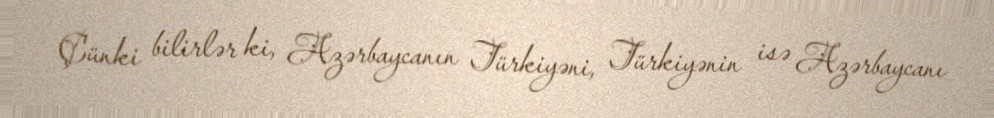
Çünki bilirlər ki, Azərbaycanın Türkiyəni, Türkiyənin isə Azərbaycanı